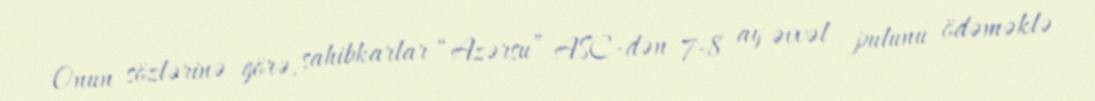
Onun sözlərinə görə, sahibkarlar “Azərsu” ASC-dən 7-8 ay əvvəl pulunu ödəməklə